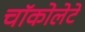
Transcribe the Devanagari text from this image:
चॉकोलेटे